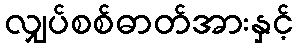
လျှပ်စစ်ဓာတ်အားနှင့်